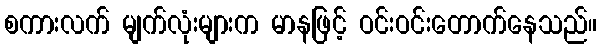
စကားလက် မျက်လုံးများက မာနဖြင့် ဝင်းဝင်းတောက်နေသည်။